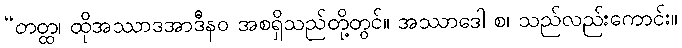
“တတ္ထ၊ ထိုအဿာဒအာဒီနဝ အစရှိသည်တို့တွင်။ အဿာဒေါ စ၊ သည်လည်းကောင်း။